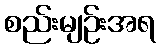
စည်းမျဉ်းအရ